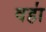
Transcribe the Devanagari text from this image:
वहा॑